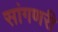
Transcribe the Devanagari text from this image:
सांगणरी